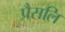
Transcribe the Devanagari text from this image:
प्रैसलि